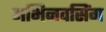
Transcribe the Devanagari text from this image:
अभिनवसिंग